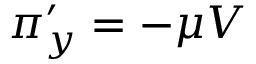
\pi _ { y } ^ { \prime } = - \mu V